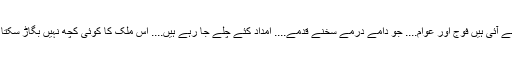
سیلاب کے اس سنگین اور روح فرسا حادثے میں دو قوتیں ابھر کر سامنے آئی ہیں فوج اور عوام.... جو دامے درمے سخنے قدمے.... امداد کئے چلے جا رہے ہیں.... اس ملک کا کوئی کچھ نہیں بگاڑ سکتا جس کی فوج قابل فخر اور عوام بے مثال ہوں، سلام، دونوں کو سلام....!